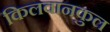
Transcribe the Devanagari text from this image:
किलवानकुल